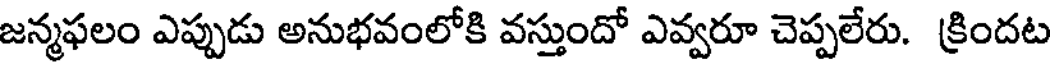
జన్మఫలం ఎప్పుడు అనుభవంలోకి వస్తుందో ఎవ్వరూ చెప్పలేరు. క్రిందట